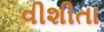
વીશીતા